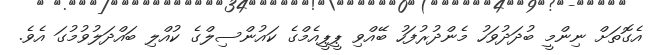
އެގޮތަށް ނިންމީ ބުދަދުވަހު މެންދުރުފަހު ބޭއްވި ޕީޕީއެމްގެ ކައުންސިލްގެ ކުއްލި ބައްދަލުވުމުގަ އެވެ.